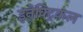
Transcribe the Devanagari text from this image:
इनेक्‍ट्रिकल